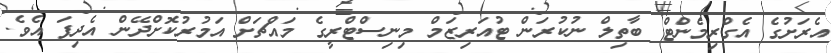
އެރަށުގެ އެގްރިމެންޓް ބާތިލް ނުކުރަން ޓުއަރިޒަމް މިނިސްޓްރީގެ މައްޗަށް އަމުރުކޮށްދޭން އެދިފަ އެވެ.